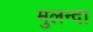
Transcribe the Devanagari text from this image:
मुलन्दा